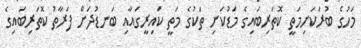
މަހުގެ ބުރަކަށިމަތީ ކޮތަރިބައިގެ މަޑުކަށި ތަކުގެ މަތީ ކައިރީގައާއި ބަނޑުދަށް ފަރާތު ކޮތަރިބައިގެ